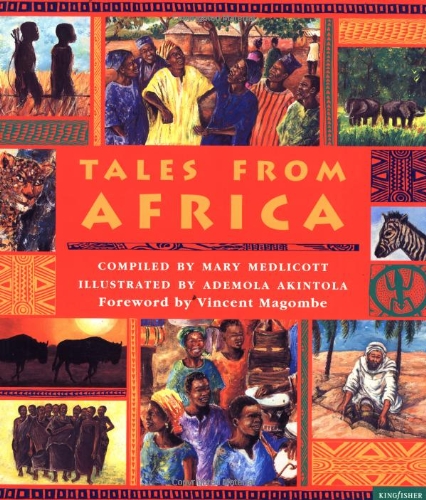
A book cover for Tales From Africa; Mary Medlicott; Children's Books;